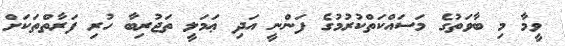
ވީމާ މި ބާވަތުގެ މަސައްކަތްކުރުމުގެ ފަންނީ އަދި ޢަމަލީ ތަޖުރިބާ ހުރި ފަރާތްތަކަށް